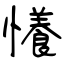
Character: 懩